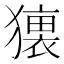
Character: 𤢢